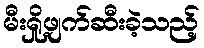
မီးရှို့ဖျက်ဆီးခဲ့သည့်